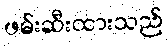
ဖမ်းဆီးထားသည်